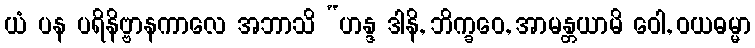
ယံ ပန ပရိနိဗ္ဗာနကာလေ အဘာသိ “ဟန္ဒ ဒါနိ, ဘိက္ခဝေ, အာမန္တယာမိ ဝေါ, ဝယဓမ္မာ